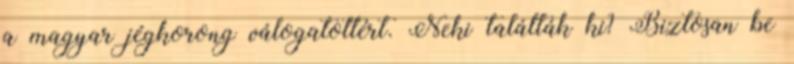
a magyar jégkorong válogatottért. Neki találták ki? Biztosan be